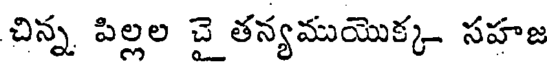
చిన్న పిల్లల చై తన్యముయొక్క సహజ